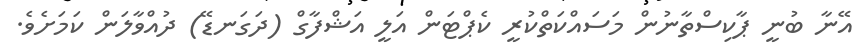
އޭނާ ބުނީ ޕާކިސްތާނުން މަސައްކަތްކުރީ ކެޕްޓަން އަލީ އަޝްފާގް (ދަގަނޑޭ) ދުއްވާލަން ކަމަށެވެ.